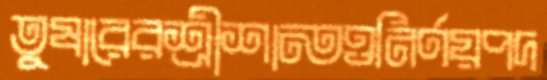
তুষারেরশ্রীশান্তওনির্ণয়পদ